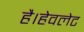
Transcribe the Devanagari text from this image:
है।हेवलेट